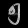
Digit: ၅